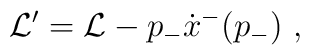
{\cal L}^{\prime} = {\cal L } - p_- \dot{x}^- (p_- ) ~,